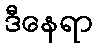
ဒီနေရာ